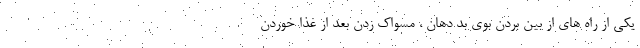
یکی از راه های از بین بردن بوی بد دهان ، مسواک زدن بعد از غذا خوردن